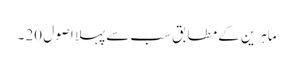
ماہرین کے مطابق سب سے پہلا اصول 20 ۔